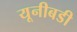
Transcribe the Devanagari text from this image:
यूनीबडी